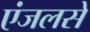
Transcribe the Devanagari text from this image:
एंजलसे